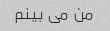
من می بینم